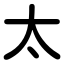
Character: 太